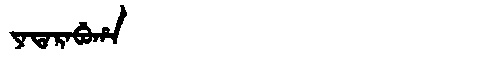
Manchu: ᠶᠠᡨᠠᡵᠠᠪᡠᡥᠠ
Romanization: YATARABUHA